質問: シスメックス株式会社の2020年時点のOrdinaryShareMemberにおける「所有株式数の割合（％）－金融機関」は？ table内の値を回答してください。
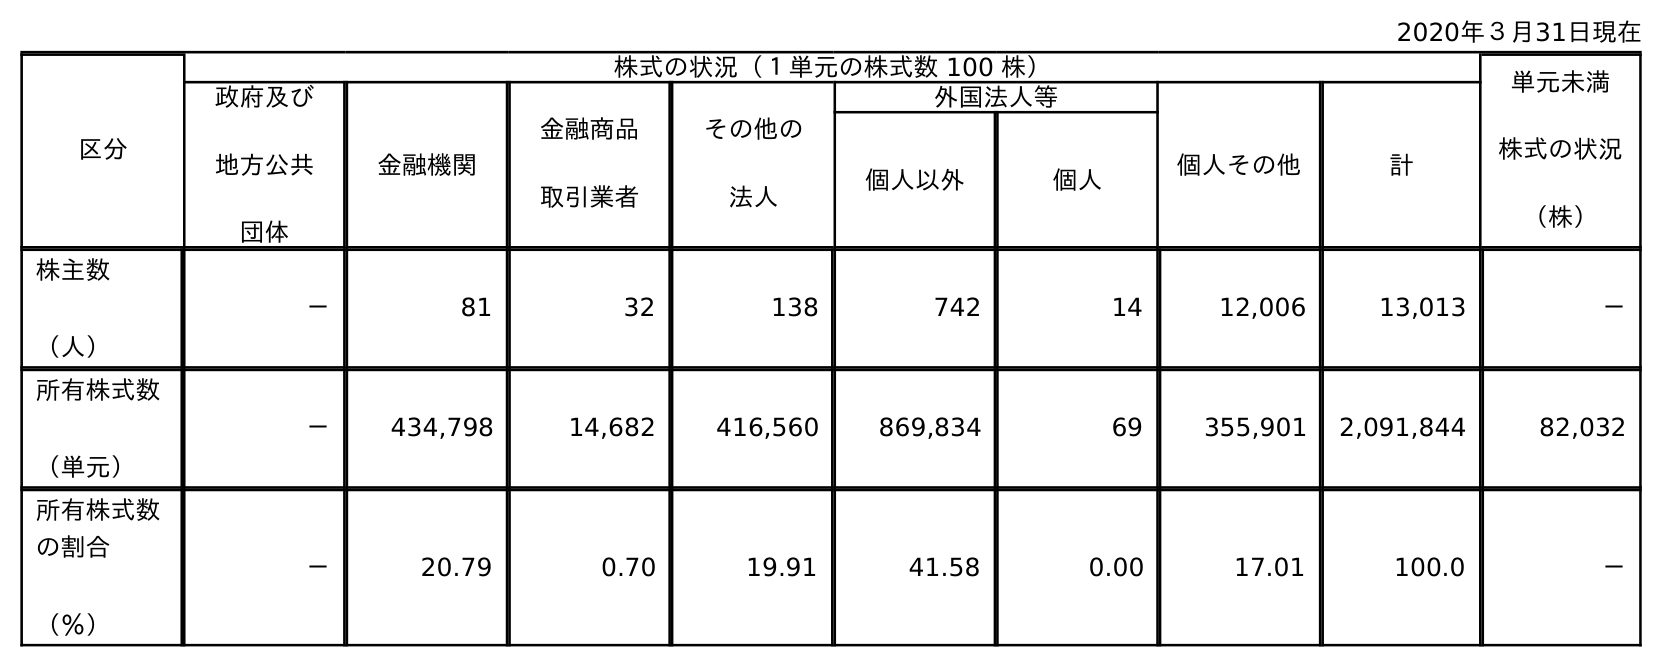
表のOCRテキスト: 2020年３月31日現在 区分 株式の状況（１単元の株式数 100 株） 単元未満 株式の状況 （株） 政府及び 地方公共 団体 金融機関 金融商品 取引業者 その他の 法人 外国法人等 個人その他 計 個人以外 個人 株主数 （人） － 81 32 138 742 14 12,006 13,013 － 所有株式数 （単元） － 434,798 14,682 416,560 869,834 69 355,901 2,091,844 82,032 所有株式数 の割合 （％） － 20.79 0.70 19.91 41.58 0.00 17.01 100.0 －
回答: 20.79